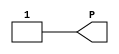
///////////////////////////////////////////////////////////////////////////////
//    Copyright (c) 1995/2009 Xilinx, Inc.
// 
//    Licensed under the Apache License, Version 2.0 (the "License");
//    you may not use this file except in compliance with the License.
//    You may obtain a copy of the License at
// 
//        http://www.apache.org/licenses/LICENSE-2.0
// 
//    Unless required by applicable law or agreed to in writing, software
//    distributed under the License is distributed on an "AS IS" BASIS,
//    WITHOUT WARRANTIES OR CONDITIONS OF ANY KIND, either express or implied.
//    See the License for the specific language governing permissions and
//    limitations under the License.
///////////////////////////////////////////////////////////////////////////////
//   ____  ____
//  /   /\/   /
// /___/  \  /    Vendor : Xilinx
// \   \   \/     Version : 10.1
//  \   \         Description : Xilinx Functional Simulation Library Component
//  /   /                  VCC Connection
// /___/   /\     Filename : VCC.v
// \   \  /  \    Timestamp : Thu Mar 25 16:43:41 PST 2004
//  \___\/\___\
//
// Revision:
//    03/23/04 - Initial version.
//    05/23/07 - Changed timescale to 1 ps / 1 ps.
//    12/13/11 - Added `celldefine and `endcelldefine (CR 524859).
// End Revision

`timescale  1 ps / 1 ps


`celldefine

module VCC(P);


`ifdef XIL_TIMING

    parameter LOC = "UNPLACED";

`endif


    output P;

    assign P = 1'b1;

endmodule

`endcelldefine